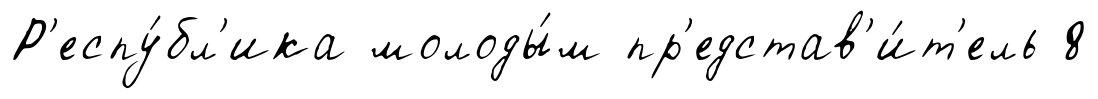
Р'еспу́бл'ика молоды́м пр'едстав'и́т'ель 8